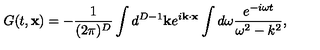
G ( t , { \bf x } ) = - \frac { 1 } { ( 2 \pi ) ^ { D } } \int d ^ { D - 1 } { \bf k } e ^ { i { \bf k } \cdot { \bf x } } \int d \omega \frac { e ^ { - i \omega t } } { \omega ^ { 2 } - k ^ { 2 } } ,